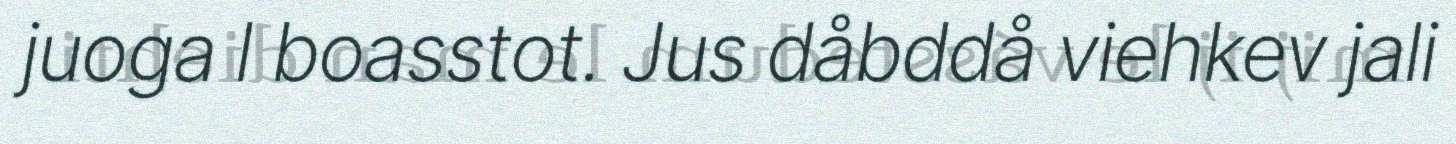
juoga l boasstot. Jus dåbddå viehkev jali